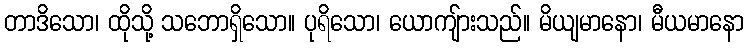
တာဒိသော၊ ထိုသို့ သဘောရှိသော။ ပုရိသော၊ ယောကျ်ားသည်။ မိယျမာနော၊ မီယမာနော